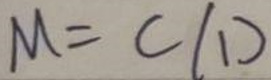
$M = C(1)$